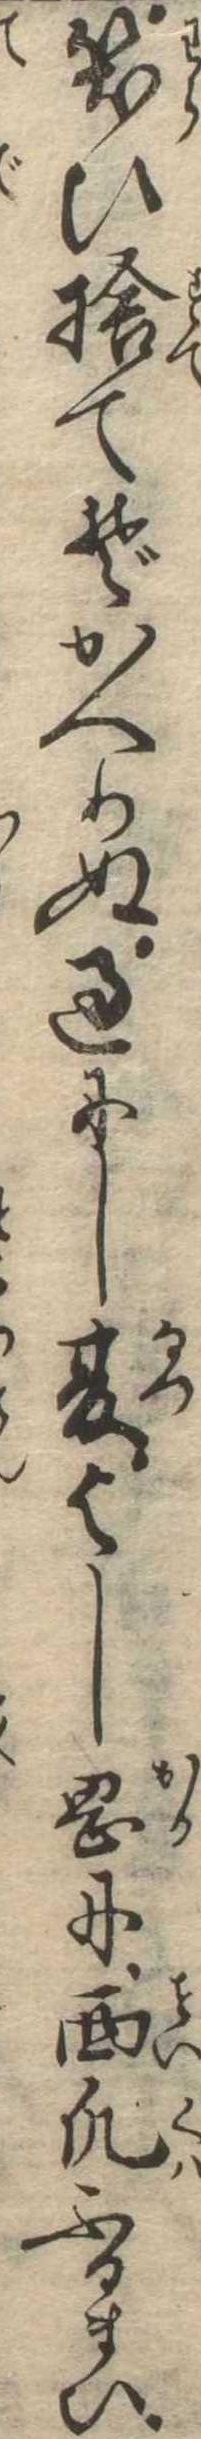
笑ひ捨てぞかへりぬ過にし夏よし岡に西瓜ふるまひ